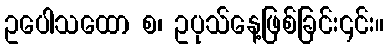
ဥပေါသထော စ၊ ဥပုသ်နေ့ဖြစ်ခြင်း၎င်း။